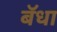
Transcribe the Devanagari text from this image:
बॅधा